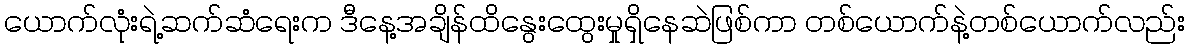
ယောက်လုံးရဲ့ဆက်ဆံရေးက ဒီနေ့အချိန်ထိနွေးထွေးမှုရှိနေဆဲဖြစ်ကာ တစ်ယောက်နဲ့တစ်ယောက်လည်း